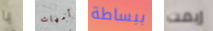
يا أمهات ببساطة إيمت